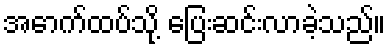
အောက်ထပ်သို့ ပြေးဆင်းလာခဲ့သည်။